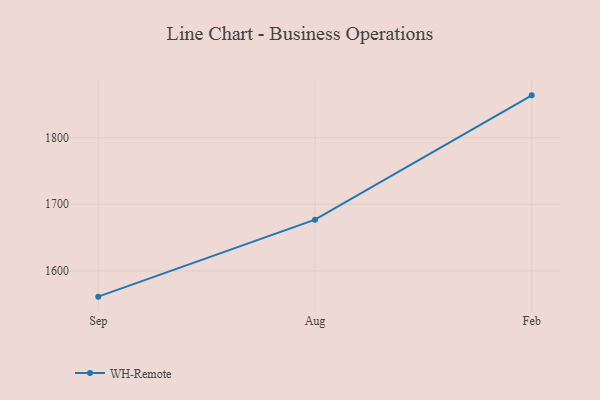
{"axis": {"x": "Month", "y": "Revenue (USD Million)"}, "legend": ["WH-Remote"], "data": [{"x": "Sep", "y": 1561.3, "type": "WH-Remote"}, {"x": "Aug", "y": 1676.9, "type": "WH-Remote"}, {"x": "Feb", "y": 1863.6, "type": "WH-Remote"}]}